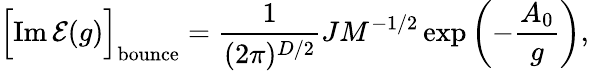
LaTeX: \Bigl[\mathrm{Im}\, {\cal E}(g)\Bigr]_{\mathrm{bounce}}=\frac{1}{(2\pi)^{D/2}}JM^{-1/2}\exp\left(-\frac{A_{0}}{g}\right),